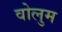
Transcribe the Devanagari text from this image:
वोलुम